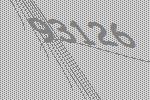
93126